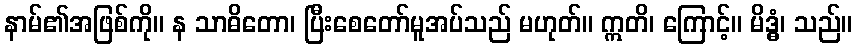
နာမ်၏အဖြစ်ကို။ န သာဓိတော၊ ပြီးစေတော်မူအပ်သည် မဟုတ်။ ဣတိ၊ ကြောင့်။ မိဒ္ဓံ၊ သည်။